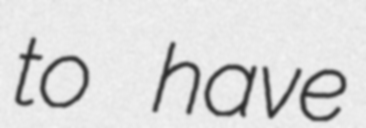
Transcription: to have